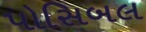
પોસિબલ